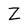
Character: Z